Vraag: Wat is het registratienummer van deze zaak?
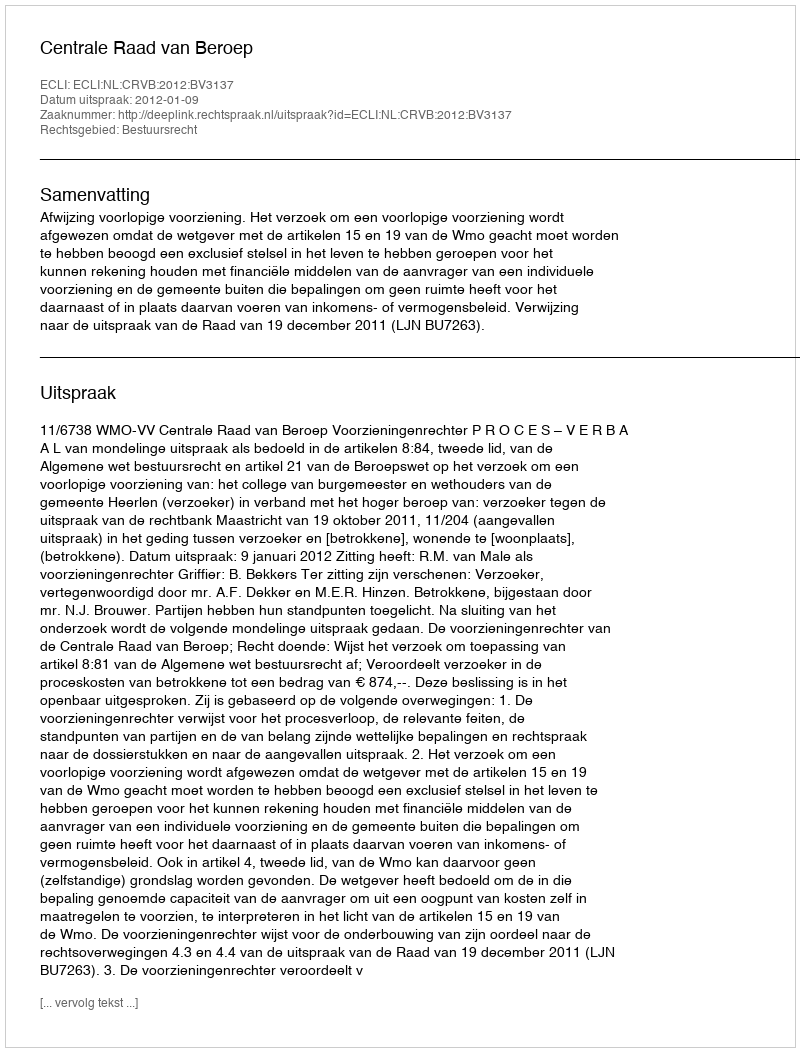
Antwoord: http://deeplink.rechtspraak.nl/uitspraak?id=ECLI:NL:CRVB:2012:BV3137